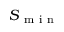
S _ { \mathrm { ~ m ~ i ~ n ~ } }